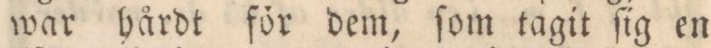
war hårdt för dem, ſom tagit ſig en